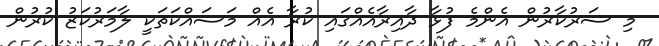
މި ސަރުކާރުން އެންމެ ފުޅާ ދާއިރާއެއްގައި ކުރާ އެއް މަސައްކަތަކީ ލާމަރުކަޒު ކުރުން